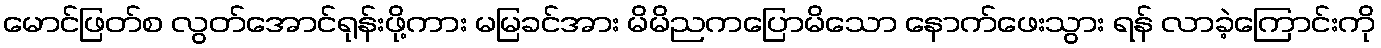
မောင်ဖြတ်စ လွတ်အောင်ရုန်းဖို့ကား မမြခင်အား မိမိညကပြောမိသော နောက်ဖေးသွား ရန် လာခဲ့ကြောင်းကို